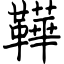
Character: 鞾